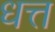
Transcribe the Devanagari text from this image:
धत्त